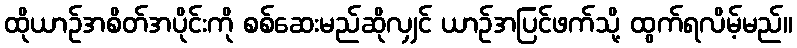
ထိုယာဉ်အစိတ်အပိုင်းကို စစ်ဆေးမည်ဆိုလျှင် ယာဉ်အပြင်ဖက်သို့ ထွက်ရလိမ့်မည်။